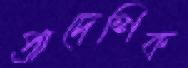
প্রাদেশিক